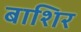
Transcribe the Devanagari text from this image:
बाशिर